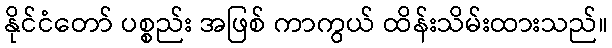
နိုင်ငံတော် ပစ္စည်း အဖြစ် ကာကွယ် ထိန်းသိမ်းထားသည်။